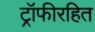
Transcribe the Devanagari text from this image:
ट्रॉफीरहित